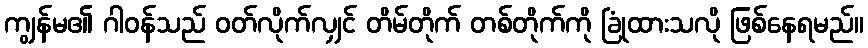
ကျွန်မ၏ ဂါဝန်သည် ဝတ်လိုက်လျှင် တိမ်တိုက် တစ်တိုက်ကို ခြုံထားသလို ဖြစ်နေရမည်။